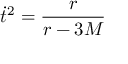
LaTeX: { \dot { t } } ^ { 2 } = { \frac { r } { r - 3 M } }